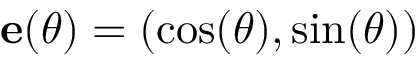
{ \bf e } ( \theta ) = ( \cos ( \theta ) , \sin ( \theta ) )